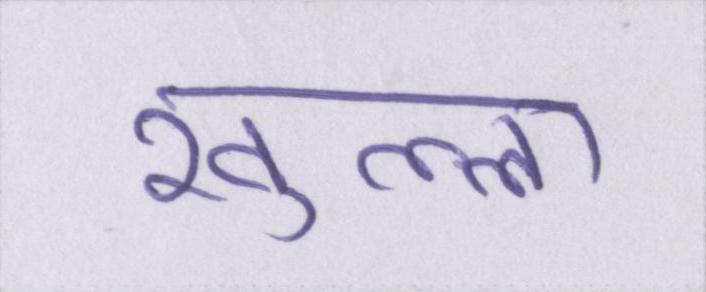
खुल्ला